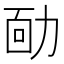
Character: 𠡳